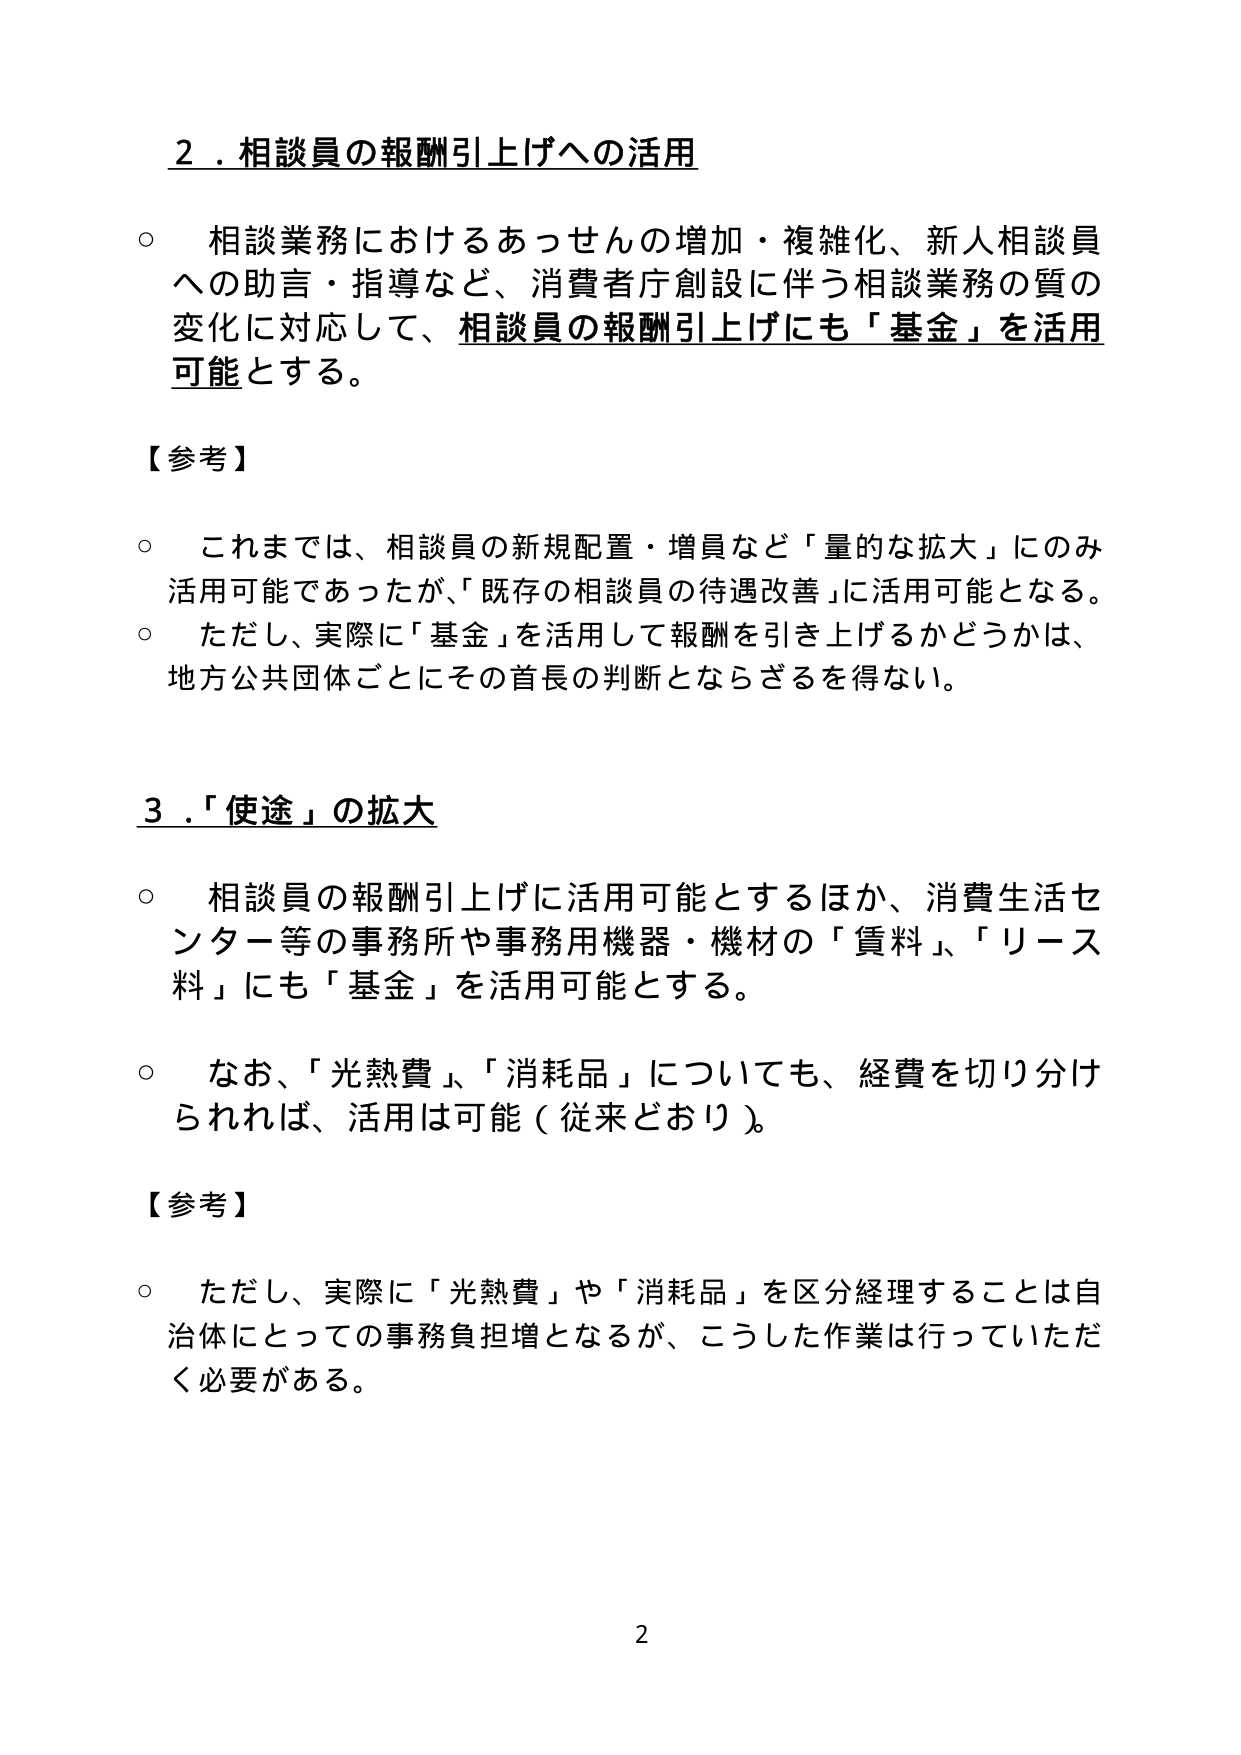
２．相談員の報酬引上げへの活用

○ 相談業務におけるあっせんの増加・複雑化、新人相談員への助言・指導など、消費者庁創設に伴う相談業務の質の変化に対応して、相談員の報酬引上げにも「基金」を活用可能とする。

【参考】

○ これまでは、相談員の新規配置・増員など「量的な拡大」にのみ活用可能であったが、「既存の相談員の待遇改善」に活用可能となる。
○ ただし、実際に「基金」を活用して報酬を引き上げるかどうかは、地方公共団体ごとにその首長の判断とならざるを得ない。

３．「使途」の拡大

○ 相談員の報酬引上げに活用可能とするほか、消費生活センター等の事務所や事務用機器・機材の「賃料」、「リース料」にも「基金」を活用可能とする。
○ なお、「光熱費」、「消耗品」についても、経費を切り分けられれば、活用は可能（従来どおり）。

【参考】

○ ただし、実際に「光熱費」や「消耗品」を区分経理することは自治体にとっての事務負担増となるが、こうした作業は行っていただく必要がある。

2